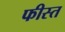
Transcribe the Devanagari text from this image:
फीस्त